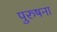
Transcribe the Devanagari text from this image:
पुरुषना